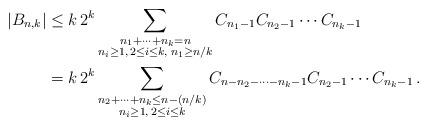
LaTeX: \begin{align*} |B_{n,k}| &\le k \, 2^k \sum_{\substack{n_1 + \cdots + n_k = n \\ n_i \ge 1,\, 2\le i\le k, \; n_1 \ge n/k}} C_{n_1-1} C_{n_2-1} \cdots C_{n_k-1} \\ &= k \, 2^k \sum_{\substack{n_2 + \cdots + n_k \le n-(n/k)\\ n_i \ge 1,\, 2\le i\le k}} C_{n-n_2-\cdots-n_k-1} C_{n_2-1} \cdots C_{n_k-1} \, .\end{align*}